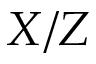
X / Z